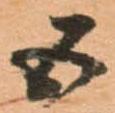
五